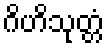
ဂိဟိသုတ္တံ